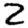
Digit: 2